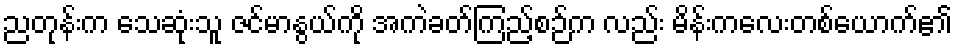
ညတုန်းက သေဆုံးသူ ဇင်မာနွယ်ကို အကဲခတ်ကြည့်စဉ်က လည်း မိန်းကလေးတစ်ယောက်၏